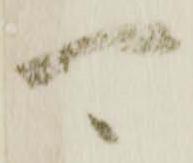
可